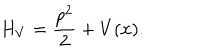
H _ { V } = \frac { p ^ { 2 } } { 2 } + V ( x ) .